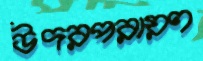
উদরপরায়ণ